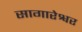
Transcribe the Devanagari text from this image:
सागारेश्वर